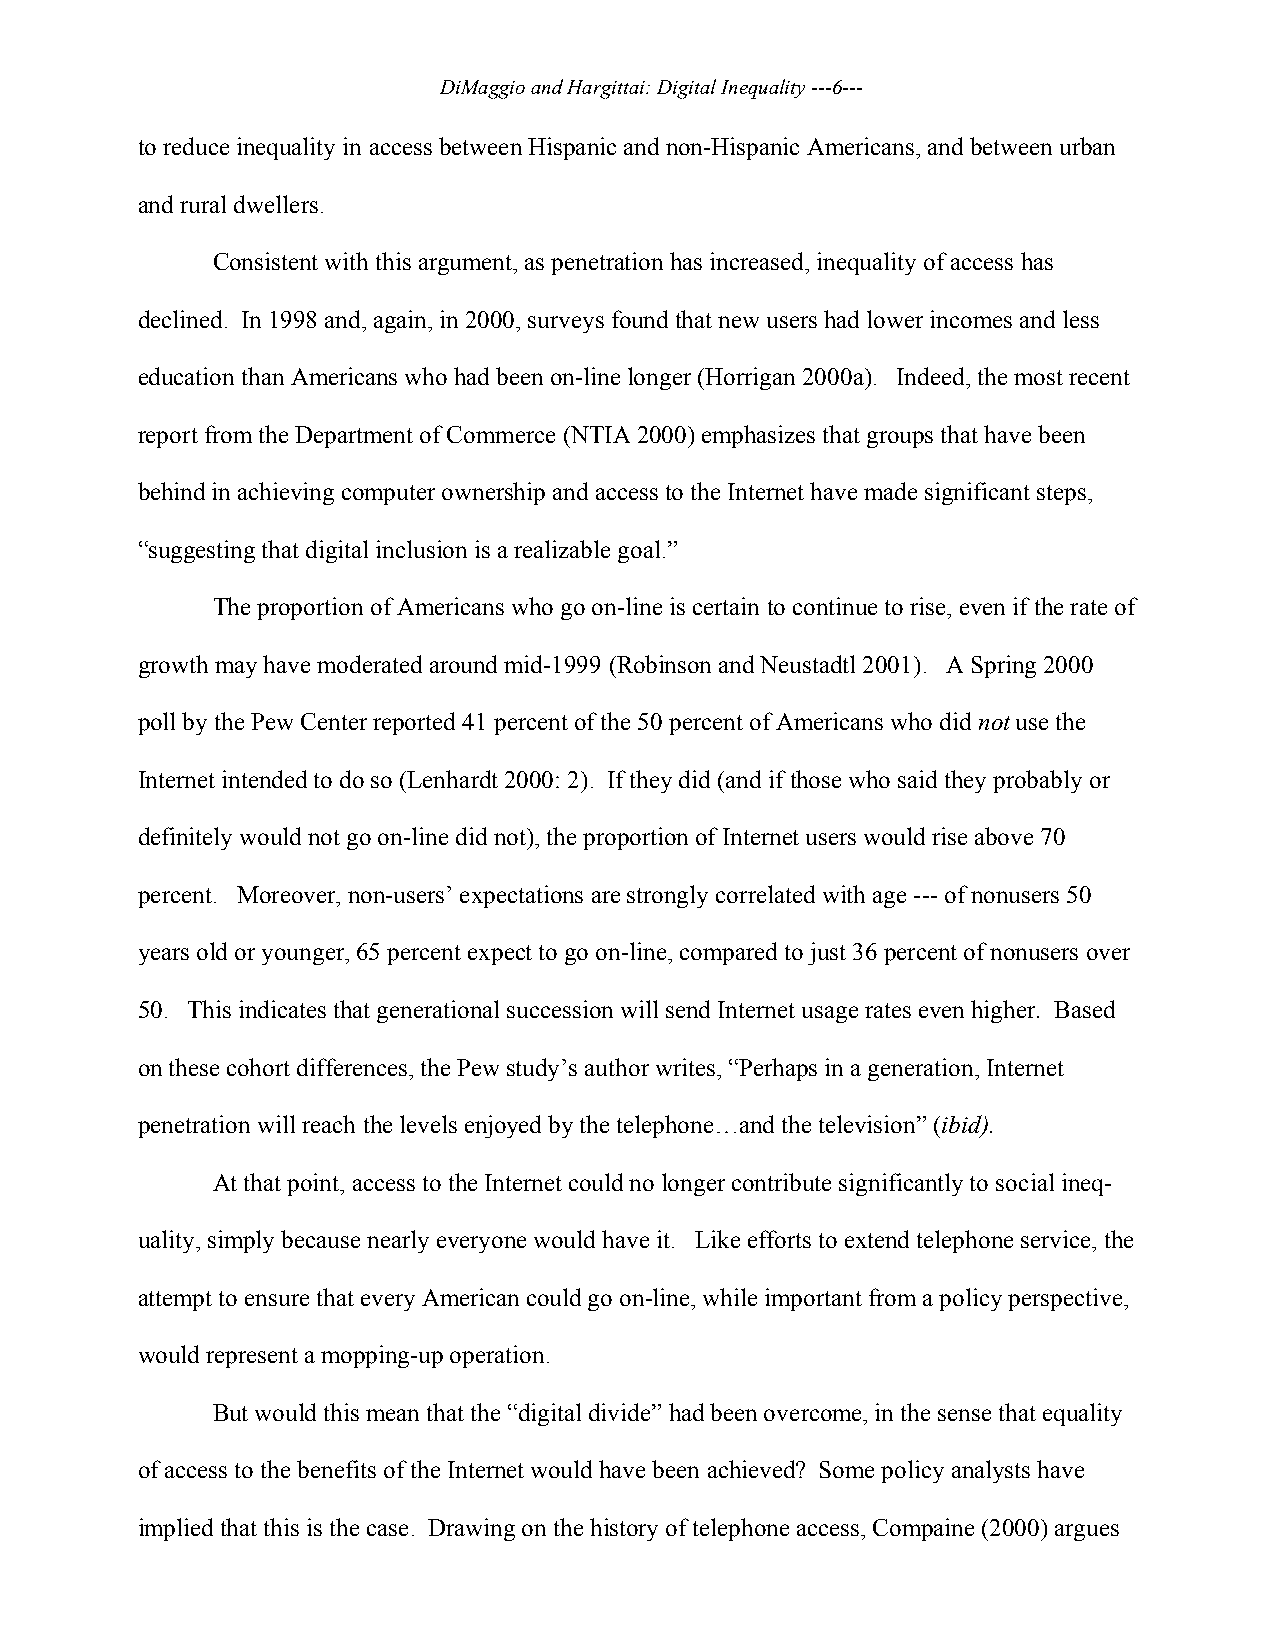
DiMaggio and Hargittai: Digital Inequality ---6---
 to reduce inequality in access between Hispanic and non-Hispanic Americans, and between urban
 and rural dwellers.
 Consistent with this argument, as penetration has increased, inequality of access has
 declined. In 1998 and, again, in 2000, surveys found that new users had lower incomes and less
 education than Americans who had been on-line longer (Horrigan 2000a). Indeed, the most recent
 report from the Department of Commerce (NTIA 2000) emphasizes that groups that have been
 behind in achieving computer ownership and access to the Internet have made significant steps,
 “suggesting that digital inclusion is a realizable goal.”
 The proportion of Americans who go on-line is certain to continue to rise, even if the rate of
 growth may have moderated around mid-1999 (Robinson and Neustadtl 2001). A Spring 2000
 poll by the Pew Center reported 41 percent of the 50 percent of Americans who did not use the
 Internet intended to do so (Lenhardt 2000: 2). If they did (and if those who said they probably or
 definitely would not go on-line did not), the proportion of Internet users would rise above 70
 percent. Moreover, non-users’ expectations are strongly correlated with age --- of nonusers 50
 years old or younger, 65 percent expect to go on-line, compared to just 36 percent of nonusers over
 50. This indicates that generational succession will send Internet usage rates even higher. Based
 on these cohort differences, the Pew study’s author writes, “Perhaps in a generation, Internet
 penetration will reach the levels enjoyed by the telephone…and the television” (ibid).
 At that point, access to the Internet could no longer contribute significantly to social ineq-
 uality, simply because nearly everyone would have it. Like efforts to extend telephone service, the
 attempt to ensure that every American could go on-line, while important from a policy perspective,
 would represent a mopping-up operation.
 But would this mean that the “digital divide” had been overcome, in the sense that equality
 of access to the benefits of the Internet would have been achieved? Some policy analysts have
 implied that this is the case. Drawing on the history of telephone access, Compaine (2000) argues